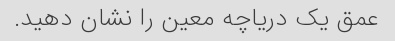
عمق یک دریاچه معین را نشان دهید.